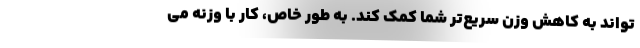
تواند به کاهش وزن سریع‌تر شما کمک کند. به طور خاص، کار با وزنه می